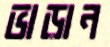
ভাড়ান